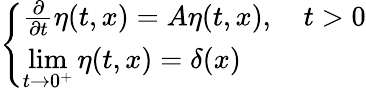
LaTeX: \left\{ \begin{array}{ll}{{\frac{\partial}{\partial t}}\eta(t,x)=A\eta(t,x),\quad t>0}\\ {\displaystyle\operatorname*{lim}_{t\to 0^{+}}\eta(t,x)=\delta(x)}\end{array}\right.